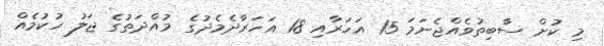
މި ކުށް ސާބިތުވެއްޖެނަމަ 15 އަހަރާއި 18 އަހަރާދެމެދުގެ މުއްދަތުގެ ޖަލު ހުކުމެއް